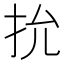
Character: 抁